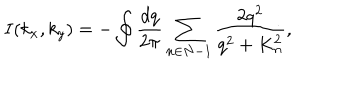
I ( k _ { x } , k _ { y } ) = - \oint \frac { d q } { 2 \pi } \sum _ { n \in N - 1 } \frac { 2 q ^ { 2 } } { q ^ { 2 } + K _ { n } ^ { 2 } } ,